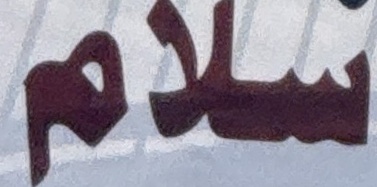
سلام